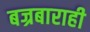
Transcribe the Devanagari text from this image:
बज्रबाराही